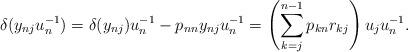
LaTeX: \begin{align*}\delta(y_{nj} u_n^{-1})=\delta(y_{nj})u_n^{-1}-p_{nn}y_{nj}u_n^{-1}=\left(\sum_{k=j}^{n-1} p_{kn} r_{kj}\right) u_ju_n^{-1}.\end{align*}